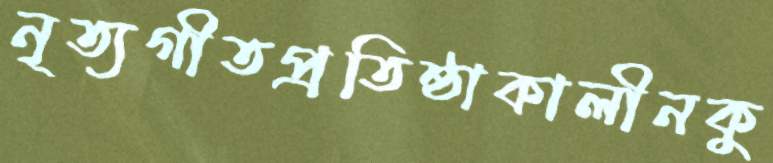
নৃত্যগীতপ্রতিষ্ঠাকালীনকু